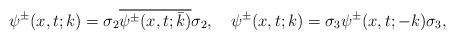
LaTeX: \begin{align*}&\psi^{\pm}(x,t;k) =\sigma_2 \overline{\psi^{\pm}(x,t;\bar {k} )} \sigma_2,\ \ \ \psi^{\pm}(x,t;k) =\sigma_3 \psi^{\pm}(x,t;-k) \sigma_3,\end{align*}